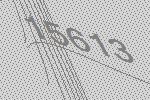
15613